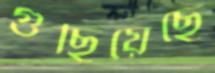
গুছিয়েছে